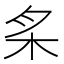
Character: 𰗕